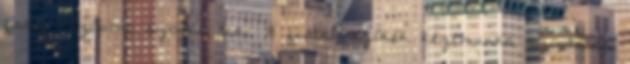
fasz nézőpont szopás tini 18 fiatal szőkék kézimunka szoptatás